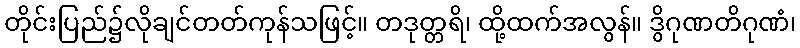
တိုင်းပြည်၌လိုချင်တတ်ကုန်သဖြင့်။ တဒုတ္တရိ၊ ထို့ထက်အလွန်။ ဒွိဂုဏတိဂုဏံ၊